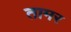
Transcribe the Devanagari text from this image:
तामर